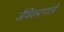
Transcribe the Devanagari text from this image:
जैविकप्रणाली